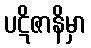
ပဋိဇာနိမှာ